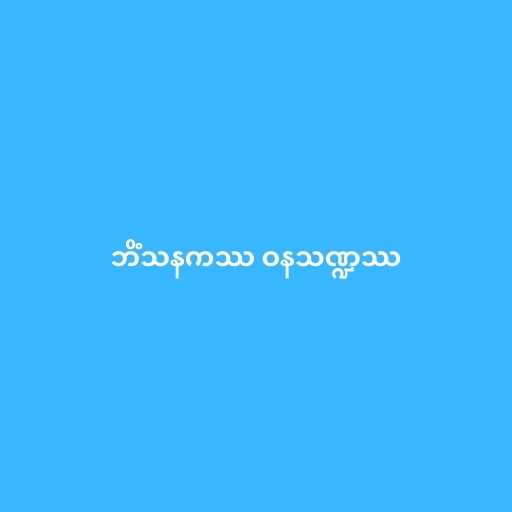
ဘိံသနကဿ ဝနသဏ္ဍဿ